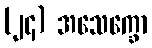
(၂၄) အသေက္ခော